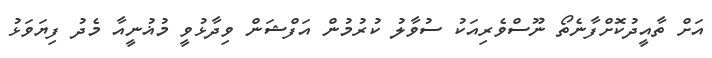
އަށް ތާއީދުކޮށްފާނެތޯ ނޫސްވެރިއަކު ސުވާލު ކުރުމުން އަފްޝަން ވިދާޅުވީ މުޣުނީއާ މެދު ފިޔަވަޅު